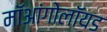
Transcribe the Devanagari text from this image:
मॉआंगोलॉयड